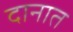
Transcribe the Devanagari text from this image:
दानात